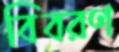
বিবরণ